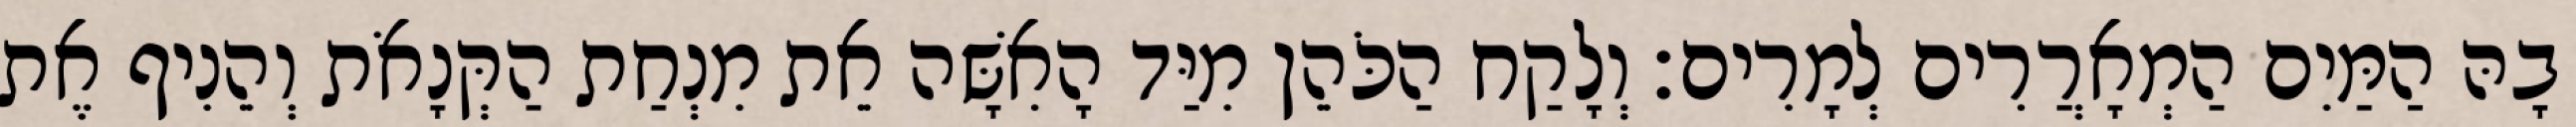
בָהּ הַמַּיִם הַמְאָרֲרִים לְמָרִים׃ וְלָקַח הַכֹּהֵן מִיַּד הָאִשָּׁה אֵת מִנְחַת הַקְּנָאֹת וְהֵנִיף אֶת